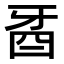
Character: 𤘉